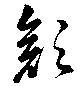
顔